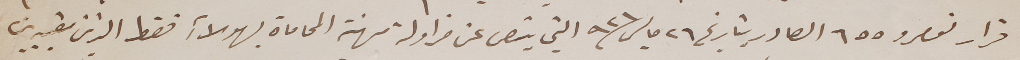
قرار نومرو ٦٥٥ الصادر بتاريخ ٢٦ مايس ٩٢١ التي ينص عن مزاولة مهنة المحاماة بهولاءِ فقط الذين مقيدين